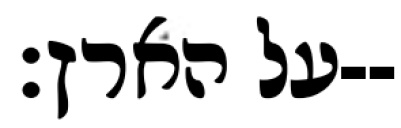
על הארץ׃--